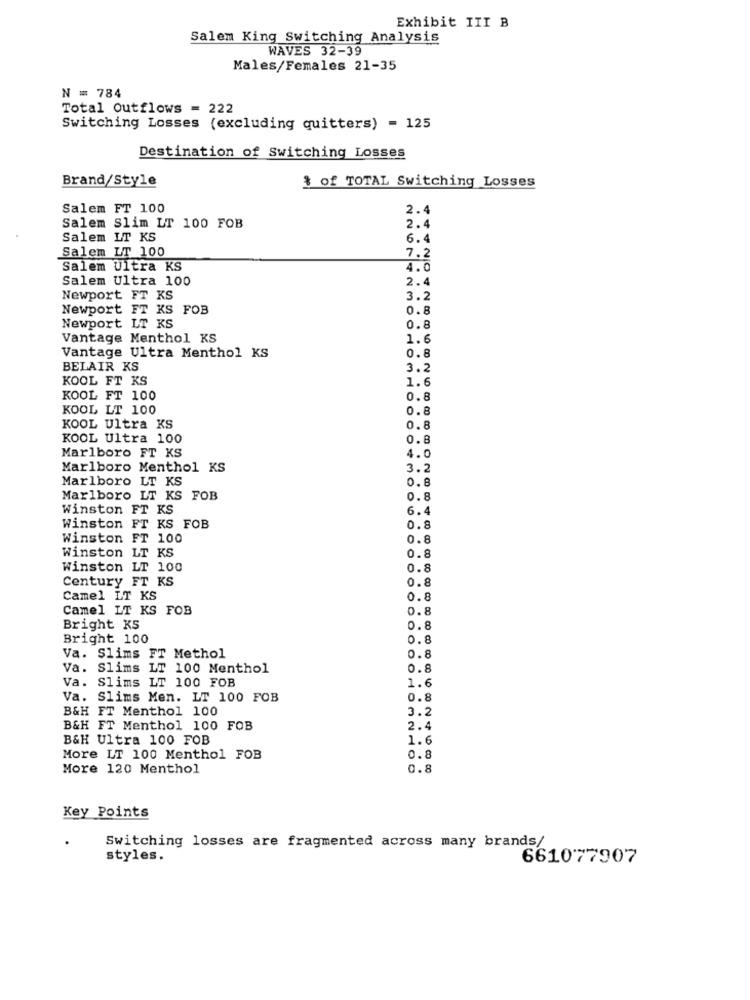
Exhibit III B
Salem King Switching Analysis
WAVES 32-39
Males/Females 21-35
N = 784
Total Outflows = 222
Switching Losses (excluding quitters) = 125
Destination of Switching Losses
Brand/Style
& of TOTAL Switching Losses
Salem FT 100
2.4
Salem Slim LT 100 FOB
2.4
Salem LT KS
6.4
Salem LT 100
7.2
Salem Ultra KS
4.0
Salem Ultra 100
2.4
Newport FT KS
3.2
Newport FT KS FOB
0.8
Newport LT KS
0.8
Vantage Menthol KS
1.6
Vantage Ultra Menthol KS
0.8
BELAIR KS
3.2
KOOL FT KS
1.6
KOOL FT 100
0.8
KOOL LT 100
0.8
KOOL Ultra KS
0.8
KOOL Ultra 100
0.8
4.0
Marlboro FT KS
Marlboro Menthol KS
3.2
Marlboro LT KS
0.8
Marlboro LT KS FOB
0.8
Winston FT KS
6.4
Winston FT KS FOB
0.8
Winston FT 100
0.8
Winston LT KS
0.8
Winston LT 100
0.8
Century FT KS
0.8
Camel LT KS
0.8
Camel LT KS FOB
0.8
Bright KS
0.8
Bright 100
0.8
Va. Slims FT Methol
0.8
Va. Slims LT 100 Menthol
0.8
Va. Slims LT 100 FOB
1.6
Va. Slims Men. LT 100 FOB
0.8
B&H FT Menthol 100
3.2
B&H FT Menthol 100 FOB
2.4
B&H Ultra 100 FOB
1.6
More LT 100 Menthol FOB
0.8
More 120 Menthol
0.8
Key Points
Switching losses are fragmented across many brands/
styles.
661077907